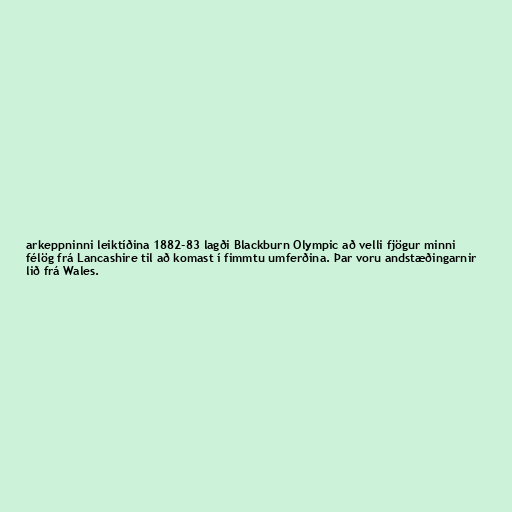
arkeppninni leiktíðina 1882-83 lagði Blackburn Olympic að velli fjögur minni
félög frá Lancashire til að komast í fimmtu umferðina. Þar voru andstæðingarnir
lið frá Wales.